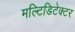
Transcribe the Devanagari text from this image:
मल्टिडिटेक्टर